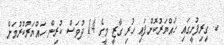
ކ. ގިރިފުށީގައި ހައްޔަރުކޮށްފައި ހުރި ގާޒީ މީގެ 14 ދުވަސް ކުރިން ހައްޔަރުކުރުމަށް